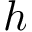
h